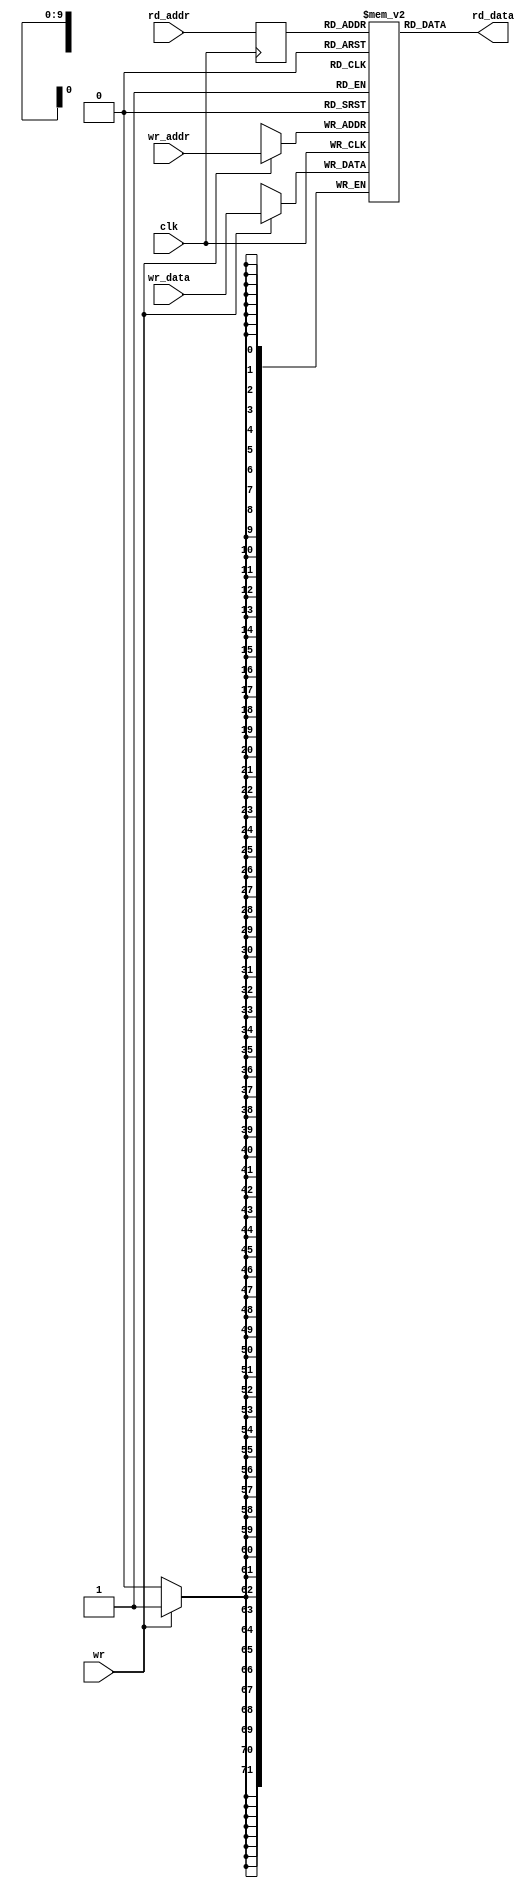
module relatively_mundane_sdp_ram #(
    parameter DATA = 72,
    parameter ADDR = 10
) (
    // Shared
    input   wire                clk,
 
    // Write Port
    input   wire                wr,
    input   wire    [ADDR-1:0]  wr_addr,
    input   wire    [DATA-1:0]  wr_data,
 
    // Read Port
    input   wire    [ADDR-1:0]  rd_addr,
    output  wire    [DATA-1:0]  rd_data
);
 
// Shared memory
reg [DATA-1:0] mem [(2**ADDR)-1:0];
 
// Write Port
always @(posedge clk)
    if(wr)
        mem[wr_addr] <= wr_data;
 
// Read Port
reg [ADDR-1:0] rd_addr_reg;
always @(posedge clk)
    rd_addr_reg <= rd_addr;
 
assign rd_data = mem[rd_addr_reg];
 
endmodule